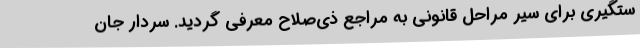
ستگیری برای سیر مراحل قانونی به مراجع ذی‌صلاح معرفی گردید. سردار جان